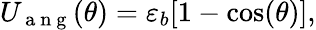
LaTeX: U_{\mathrm{~a~n~g~}}(\theta)=\varepsilon_{b}[1-\cos(\theta)],